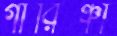
গারিঞ্চা